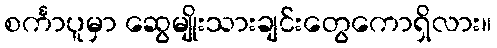
စင်္ကာပူမှာ ဆွေမျိုးသားချင်းတွေကောရှိလား။